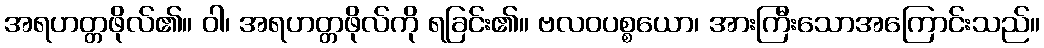
အရဟတ္တဖိုလ်၏။ ဝါ၊ အရဟတ္တဖိုလ်ကို ရခြင်း၏။ ဗလဝပစ္စယော၊ အားကြီးသောအကြောင်းသည်။